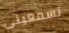
تسمعينى